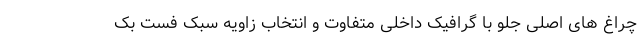
چراغ های اصلی جلو با گرافیک داخلی متفاوت و انتخاب زاویه سبک فست بک